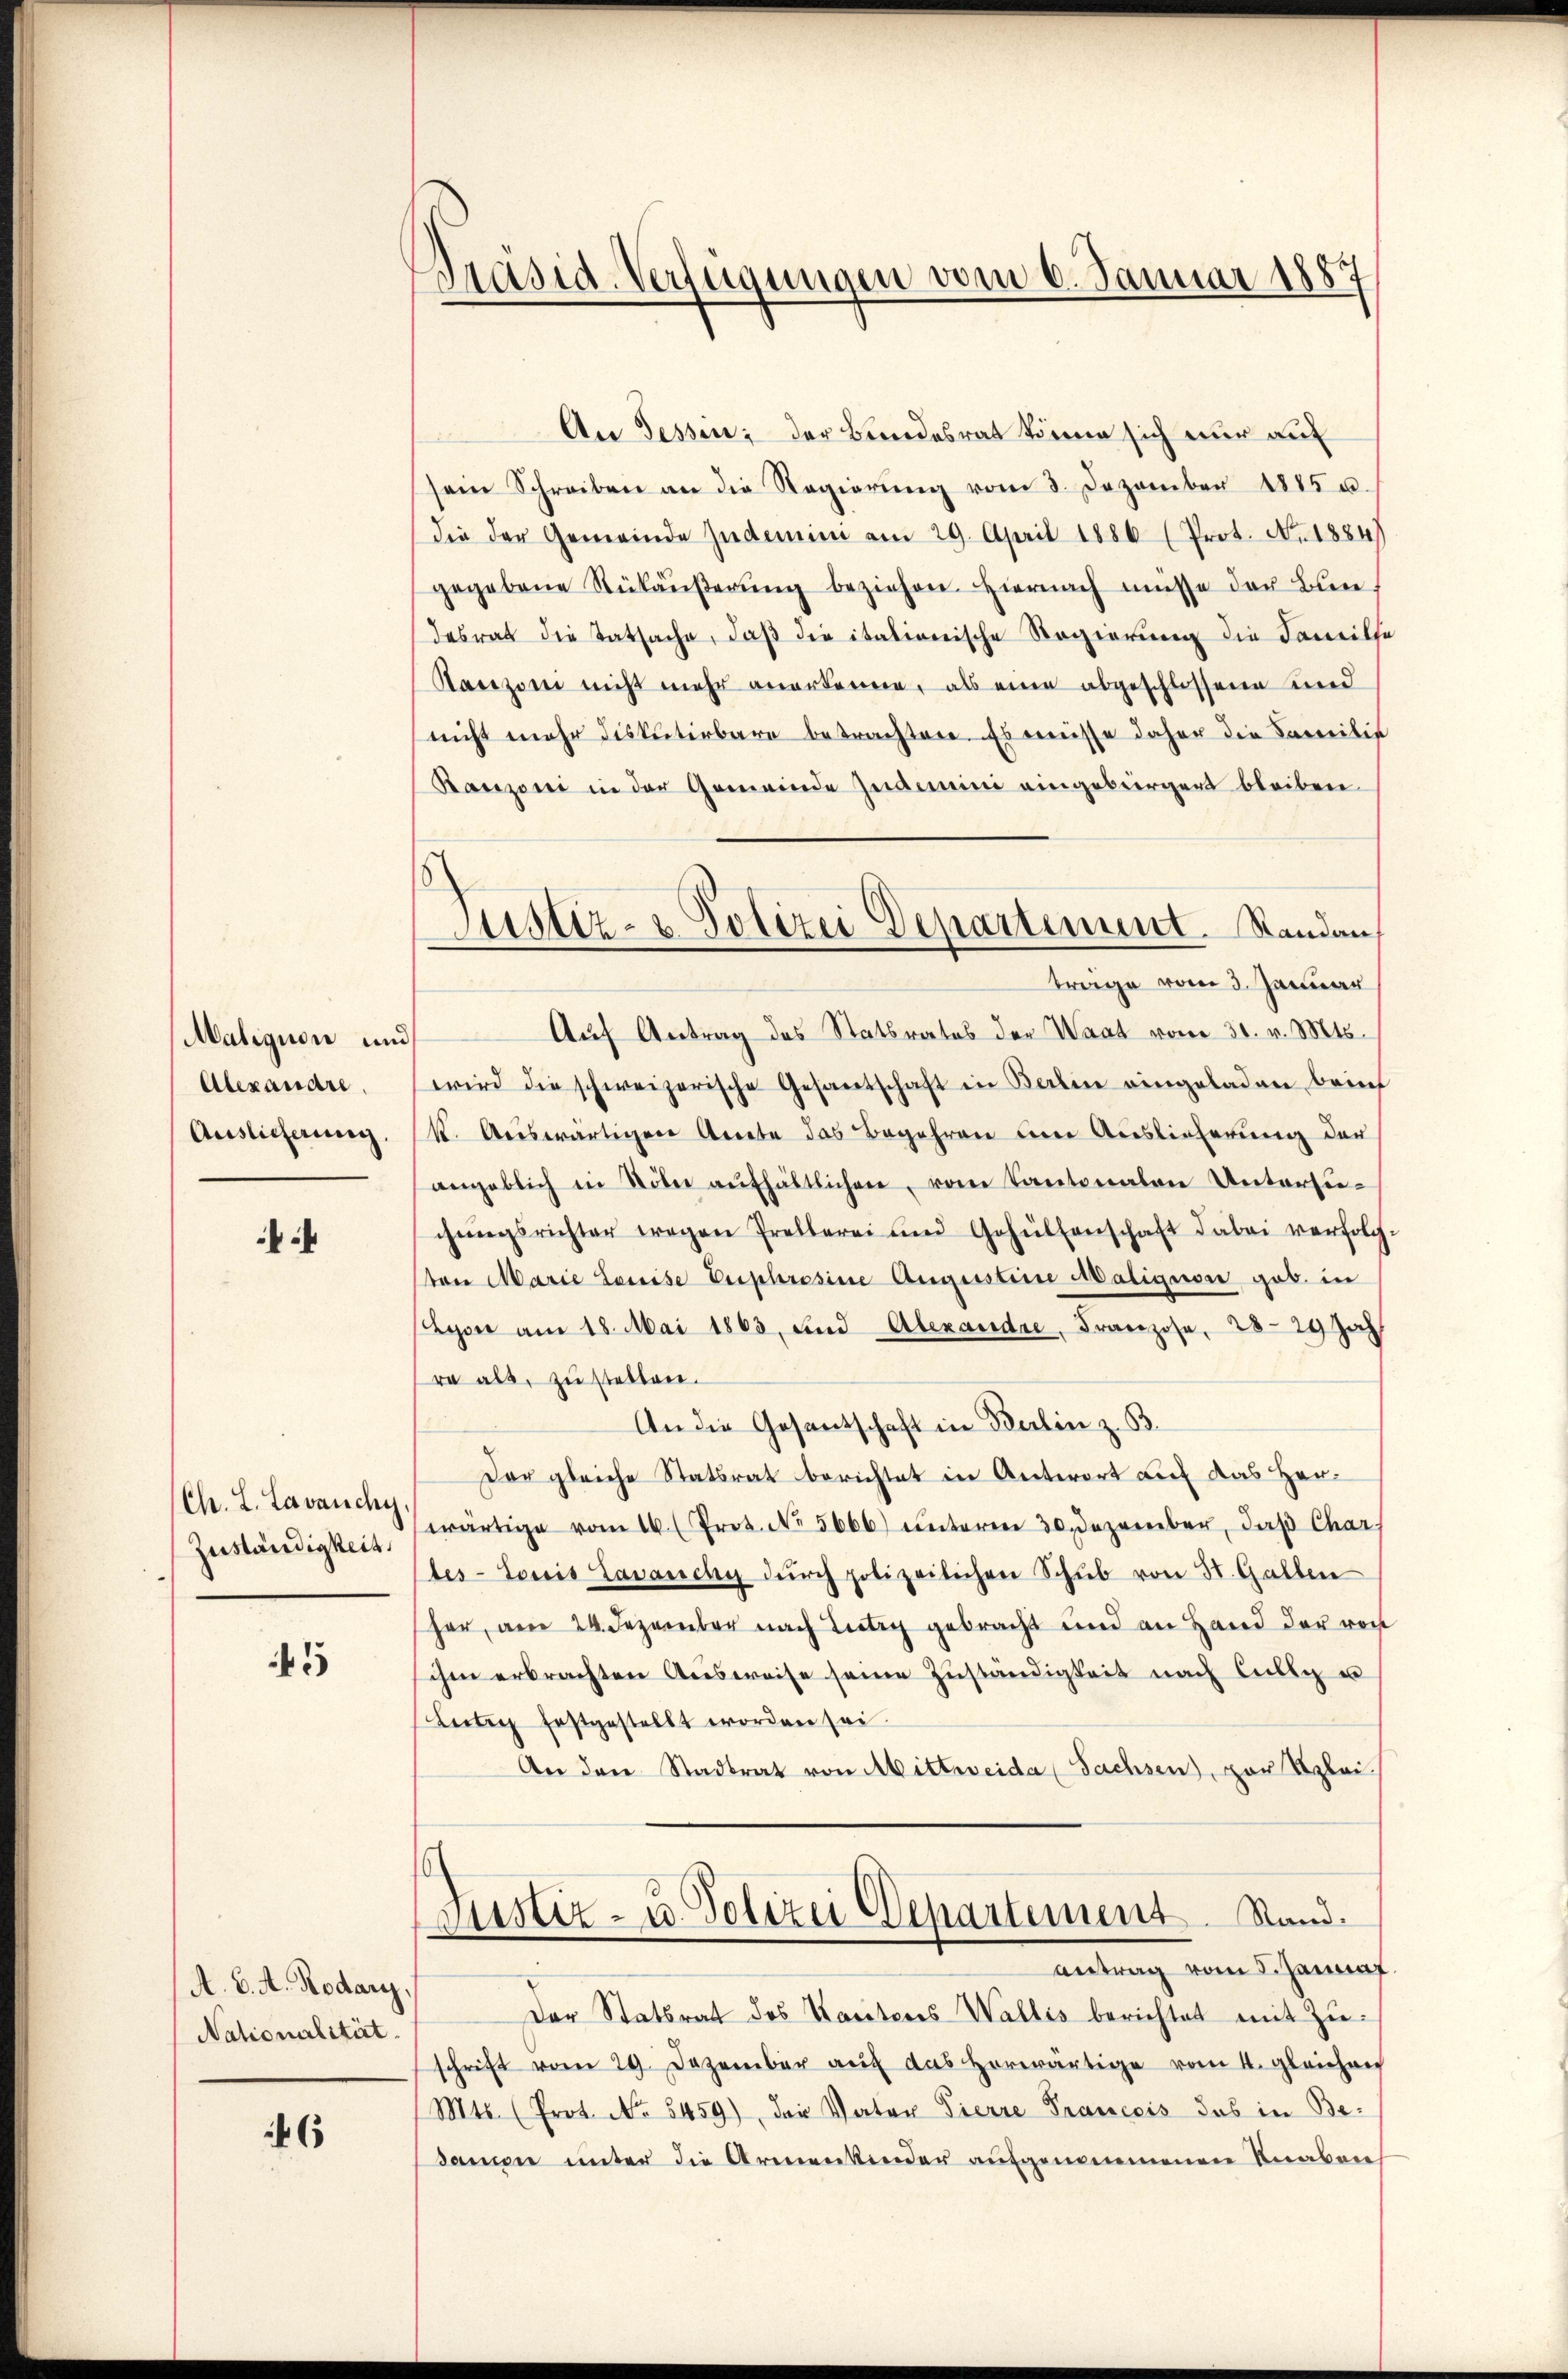
Maliquon und
Alexandre.
Auslicherung.

(Ch. L. Lavanchy
Zuständigkeit.

45

A. B. A. Rodary,
Nationalität.

6

Präsid-Verfügungen vom 6. Januar 1887

An Tessin; der Bundesrat könne sich nur auf
sein Schreiben an die Regierŭng vom 3. Dezember 1885 u.
die der Gemeinde Zudemini am 29. April 1886 (Prot. No. 1884)
gegebene Rükäŭβerŭng beziehen. Hiernach müsse der Bun-
desrat die Tatsache, daß die italionische Regierung die Familie
Ranzoni nicht mehr anerkenne, als eine abgeschlossene und
nicht mehr diskutierbare betrachten. Es müsse daher die Careilie
Banzoni in der Gemeinde Zudemini eingebürgert bleiben
Auf Antrag des Statsrates der Waat vom 31. v. Mts.
wird die schweizerische Gesandschaft in Balin eingeladen brinf
k. Auswärtigen Amte das Begehren um Auslieferung der
angeblich in Noter aŭfhältlichen, vom Kantonalen Untersuchŭngsrichter wegen Prellerei und Gehülfenschaft dabei verfolg
von Marie Louise Euphrosine Augustine Malignore gob. in
Lyon am 18. Mai 1863, und Alexandre, Franzose, 28. 29 Jah
ra als zustellen.
An die Gesantschaft in Balin z. B.
Der gleiche Statsrat berichtet in Antwort auf das Herwärtige vom 16. (Prot. No. 5666) unterm 30. Dezember, daβ Char
tes-Loris Lavanchy durch polizeilichen Schub von 31. Gallen
her, am 24. Dezember nach Litig gebracht und an Hand der von
ihm erbrachten Ausweise seine Zuständigkeit nach selig e
Leiten Erstgestellt worden sei.
An den Stadtrat von Mittweide (Sachsen), zur Reglei
Justiz- u. Polizei Departement. Stand.
antrag vom 5. Jannuf
Der Statsrat des Kantons Wallis berichtet mit Zŭ-
schrift vom 29. Dezember aŭf das Horwärtige vom 4. gleichen
Mts. (Prot. No. 5459), den Vater Pierre Prancois das in Be-
samen unter die Armenkender aufgenommenen Knaben

Justiz- & Polizei Departement. Standen,
Trage vom 3. Januar